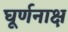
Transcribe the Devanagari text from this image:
घूर्णनाक्ष